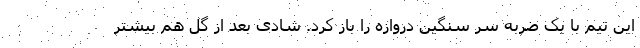
این تیم با یک ضربه سر سنگین دروازه را باز کرد. شادی بعد از گل هم بیشتر